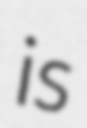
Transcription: is